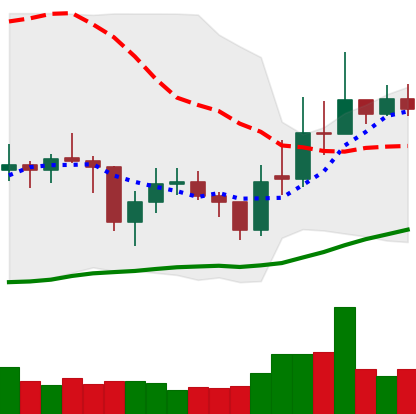
Ticker: EOS-USD
Chart end date: 2021-02-04
Forward return: 37.643%
Label: up_7plus